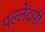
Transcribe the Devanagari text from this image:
पल्लेदारी